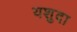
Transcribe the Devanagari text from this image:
यशुदा